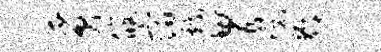
质筱宿戏胃悦鄙